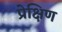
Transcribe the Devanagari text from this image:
प्रेक्षिण